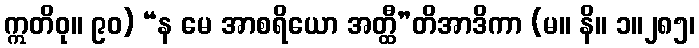
ဣတိဝု။ ၉၀) “န မေ အာစရိယော အတ္ထီ”တိအာဒိကာ (မ။ နိ။ ၁။၂၈၅၊